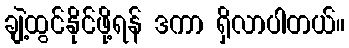
ချဲ့ထွင်နိုင်ဖို့ရန် ဒကာ ရှိလာပါတယ်။